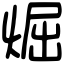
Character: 煀